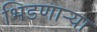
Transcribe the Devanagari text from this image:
भिडणाऱ्या